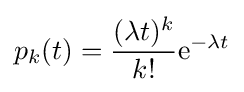
p_{k}(t)={\frac {(\lambda t)^{k}}{k!}}\mathrm {e} ^{-\lambda t}